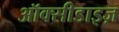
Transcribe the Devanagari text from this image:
ऑक्सीडाइज़